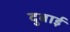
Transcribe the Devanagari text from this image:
दुबाई